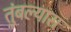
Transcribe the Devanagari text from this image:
तुंबल्यास